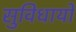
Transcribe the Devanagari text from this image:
सुविधायों